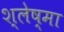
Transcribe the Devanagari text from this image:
श्‍लेष्‍मा